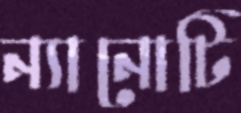
ন্যানোটি